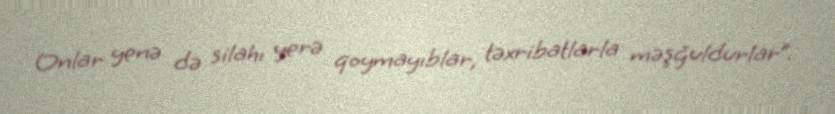
Onlar yenə də silahı yerə qoymayıblar, təxribatlarla məşğuldurlar”.